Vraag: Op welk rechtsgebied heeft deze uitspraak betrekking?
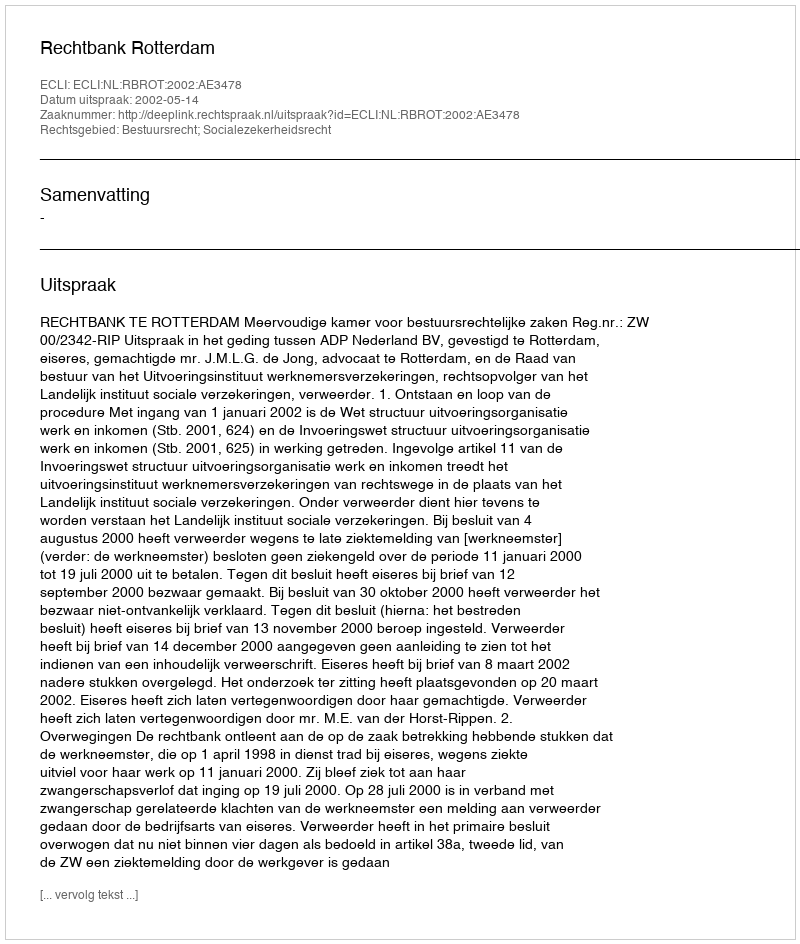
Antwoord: Bestuursrecht; Socialezekerheidsrecht